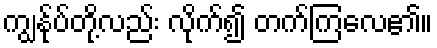
ကျွန်ုပ်တို့လည်း လိုက်၍ တက်ကြလေ၏။